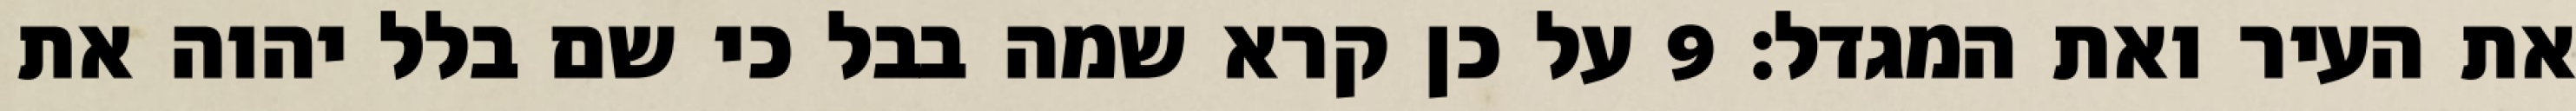
את העיר ואת המגדל׃ ‎9‏ על כן קרא שמה בבל כי שם בלל יהוה את